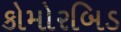
કોમોરબિડ